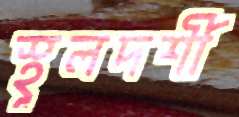
স্থূলদর্শী